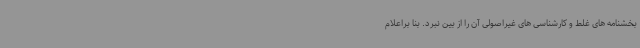
بخشنامه های غلط و کارشناسی های غیراصولی آن را از بین نبرد. بنا براعلام